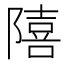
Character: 𨼩